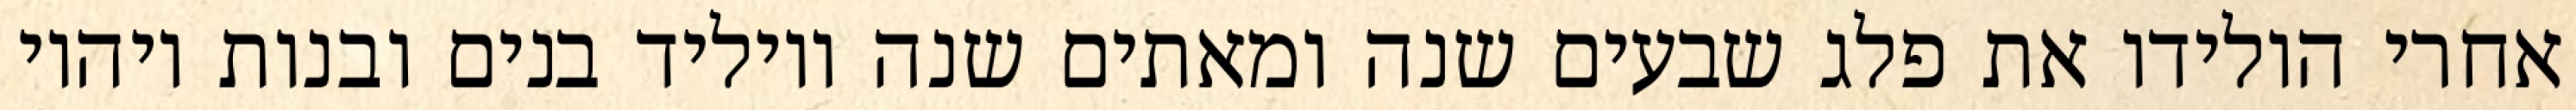
אחרי הולידו את פלג שבעים שנה ומאתים שנה ויוליד בנים ובנות ויהיו